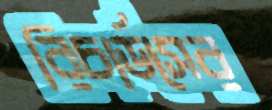
রিচার্ডসের